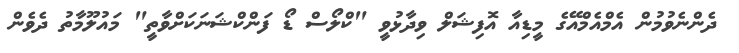
ދެންނެވުމުން އެމްއެމްއޭގެ މީޑިއާ އޮފިޝަލް ވިދާޅުވީ "ކްލޯސް ޑޯ ފަންކްޝަނަކަށްވާތީ" މައުލޫމާތު ދެވެން